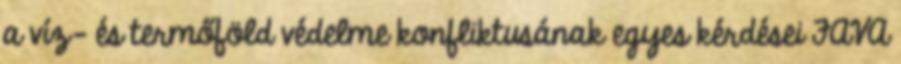
a víz- és termőföld védelme konfliktusának egyes kérdései FAVA